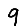
Digit: 9